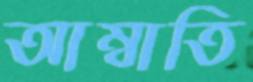
আম্বাতি